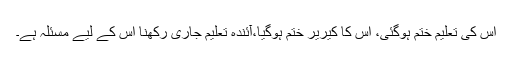
اس کی تعلیم ختم ہوگئی، اس کا کیریر ختم ہوگیا،آئندہ تعلیم جاری رکھنا اس کے لیے مسئلہ ہے۔